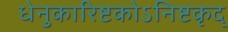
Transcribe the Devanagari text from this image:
धेनुकारिष्टकोऽनिष्टकृद्